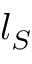
l _ { S }